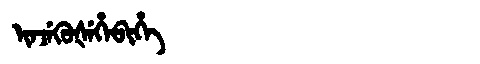
Manchu: ᡳᠨᠵᡝᡴᡠᡧᡝᡥᡝᠪᡳᡥᡝ
Romanization: INJEKUŠEHEBIHE